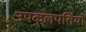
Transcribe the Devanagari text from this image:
उपकुलपतियों